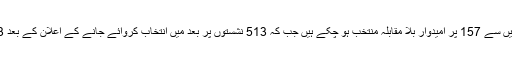
اسی طرح اقلیتی برادری کے لیے مخصوص 743 نشستوں میں سے 157 پر امیدوار بلا مقابلہ منتخب ہو چکے ہیں جب کہ 513 نشستوں پر بعد میں انتخاب کروائے جانے کے اعلان کے بعد 73 سیٹوں پر اقلیتی امیدواروں کے لیے لوگوں نے ووٹ ڈالے۔